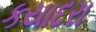
કયાદરા